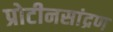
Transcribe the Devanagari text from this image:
प्रोटीनसांद्रण